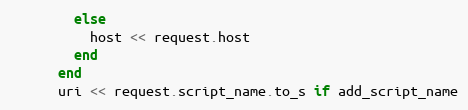
Language: Ruby
        else
          host << request.host
        end
      end
      uri << request.script_name.to_s if add_script_name